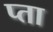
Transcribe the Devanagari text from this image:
प्ता